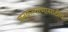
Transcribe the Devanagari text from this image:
जनकल्याणासाठीच